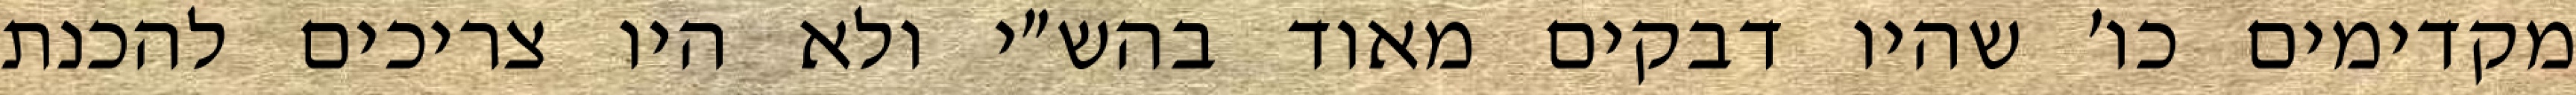
מקדימים כו׳ שהיו דבקים מאוד בהש״י ולא היו צריכים להכנת